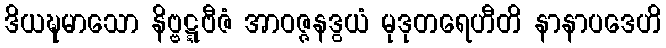
ဒိယဍ္ဎမာသော နိဗ္ဗဋ္ဋဗီဇံ အာဝဇ္ဇနဒွယံ မုဒုတရေဟီတိ နာနာပဒေဟိ